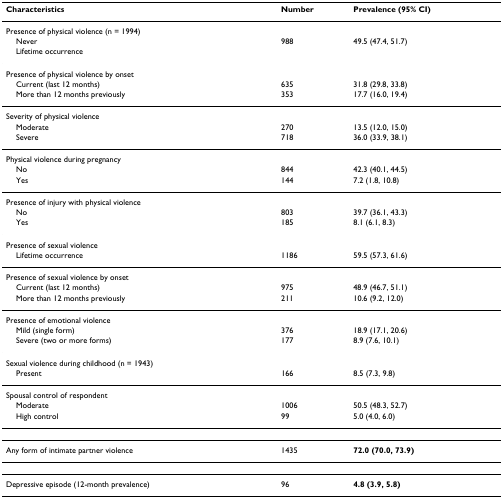
<table><thead><tr><td><b>Characteristics</b></td><td><b>Number</b></td><td><b>Prevalence (95% CI)</b></td></tr></thead><tbody><tr><td>Presence of physical violence (n = 1994)</td><td></td><td></td></tr><tr><td> Never</td><td>988</td><td>49.5 (47.4, 51.7)</td></tr><tr><td> Lifetime occurrence</td><td></td><td></td></tr><tr><td>Presence of physical violence by onset</td><td></td><td></td></tr><tr><td> Current (last 12 months)</td><td>635</td><td>31.8 (29.8, 33.8)</td></tr><tr><td> More than 12 months previously</td><td>353</td><td>17.7 (16.0, 19.4)</td></tr><tr><td>Severity of physical violence</td><td></td><td></td></tr><tr><td> Moderate</td><td>270</td><td>13.5 (12.0, 15.0)</td></tr><tr><td> Severe</td><td>718</td><td>36.0 (33.9, 38.1)</td></tr><tr><td>Physical violence during pregnancy</td><td></td><td></td></tr><tr><td> No</td><td>844</td><td>42.3 (40.1, 44.5)</td></tr><tr><td> Yes</td><td>144</td><td>7.2 (1.8, 10.8)</td></tr><tr><td>Presence of injury with physical violence</td><td></td><td></td></tr><tr><td> No</td><td>803</td><td>39.7 (36.1, 43.3)</td></tr><tr><td> Yes</td><td>185</td><td>8.1 (6.1, 8.3)</td></tr><tr><td>Presence of sexual violence</td><td></td><td></td></tr><tr><td> Lifetime occurrence</td><td>1186</td><td>59.5 (57.3, 61.6)</td></tr><tr><td>Presence of sexual violence by onset</td><td></td><td></td></tr><tr><td> Current (last 12 months)</td><td>975</td><td>48.9 (46.7, 51.1)</td></tr><tr><td> More than 12 months previously</td><td>211</td><td>10.6 (9.2, 12.0)</td></tr><tr><td>Presence of emotional violence</td><td></td><td></td></tr><tr><td> Mild (single form)</td><td>376</td><td>18.9 (17.1, 20.6)</td></tr><tr><td> Severe (two or more forms)</td><td>177</td><td>8.9 (7.6, 10.1)</td></tr><tr><td>Sexual violence during childhood (n = 1943)</td><td></td><td></td></tr><tr><td> Present</td><td>166</td><td>8.5 (7.3, 9.8)</td></tr><tr><td>Spousal control of respondent</td><td></td><td></td></tr><tr><td> Moderate</td><td>1006</td><td>50.5 (48.3, 52.7)</td></tr><tr><td> High control</td><td>99</td><td>5.0 (4.0, 6.0)</td></tr><tr><td>Any form of intimate partner violence</td><td>1435</td><td><b>72.0 (70.0, 73.9)</b></td></tr><tr><td>Depressive episode (12-month prevalence)</td><td>96</td><td><b>4.8 (3.9, 5.8)</b></td></tr></tbody></table>